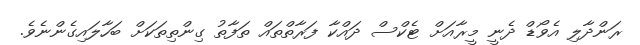
ރަންދާލި އެވޯޑް ދެނީ މީރާއަށް ޓެކްސް ދައްކާ ފަރާތްތައް ތަފާތު ގިންތިތަކަށް ބަހާލައިގެންނެވެ.